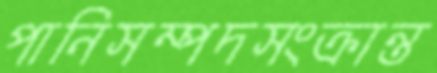
পানিসম্পদসংক্রান্ত